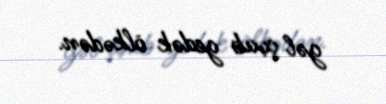
gəl çıxıb gedək ölkədən.